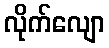
လိုက်လျော